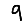
Digit: 9